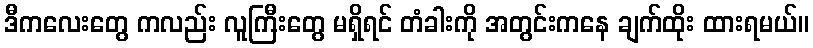
ဒီကလေးတွေ ကလည်း လူကြီးတွေ မရှိရင် တံခါးကို အတွင်းကနေ ချက်ထိုး ထားရမယ်။